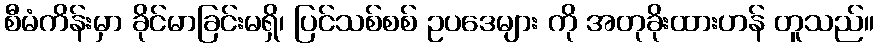
စီမံကိန်းမှာ ခိုင်မာခြင်းမရှိ၊ ပြင်သစ်စစ် ဥပဒေများ ကို အတုခိုးထားဟန် တူသည်။